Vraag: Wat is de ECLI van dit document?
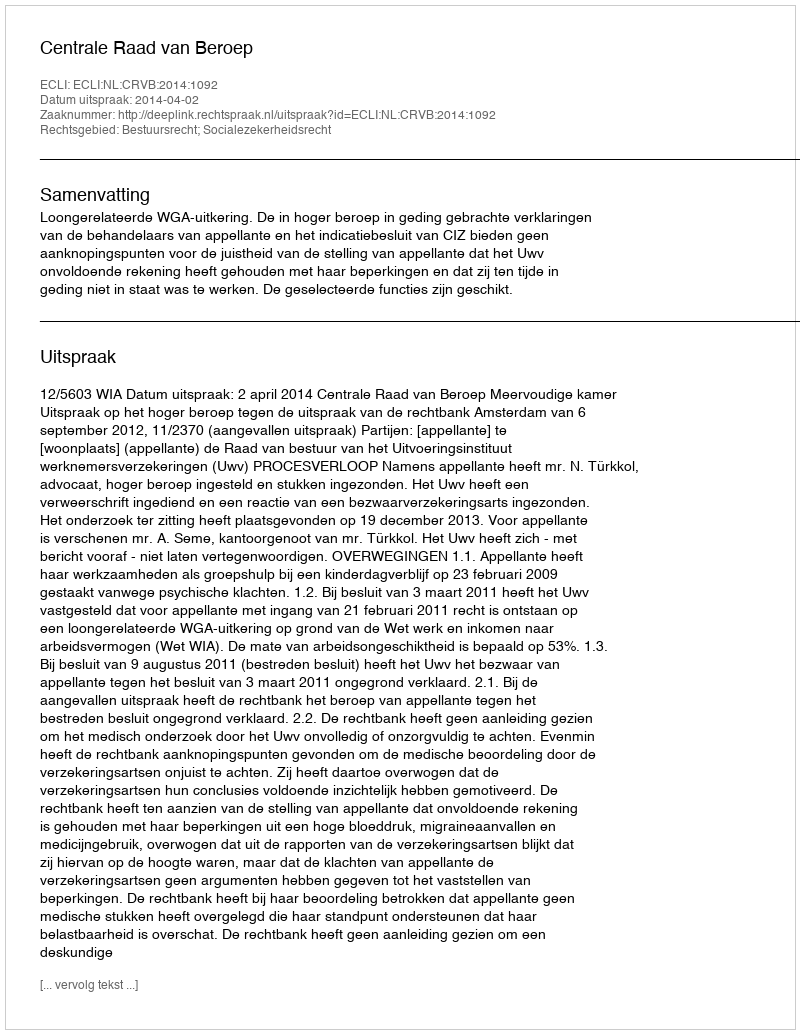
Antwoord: ECLI:NL:CRVB:2014:1092